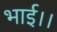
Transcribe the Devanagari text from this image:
भाई।।